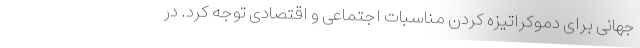
جهانی برای دموکراتیزه کردن مناسبات اجتماعی و اقتصادی توجه کرد. در